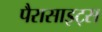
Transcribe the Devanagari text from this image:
पैरासाइट्स